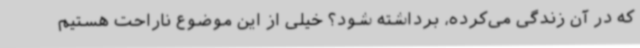
که در آن زندگی می‌کرده، برداشته شود؟ خیلی از این موضوع ناراحت هستیم